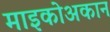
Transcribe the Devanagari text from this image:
माइकोअकान